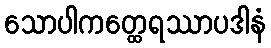
သောပါကတ္ထေရဿာပဒါနံ